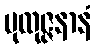
ပုထုဇ္ဇနာနံ